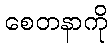
စေတနာကို